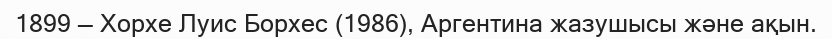
1899 — Хорхе Луис Борхес (1986), Аргентина жазушысы және ақын.